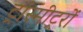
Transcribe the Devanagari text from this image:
ट्रांस्मीट्ररों